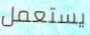
يستعمل